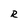
Character: R